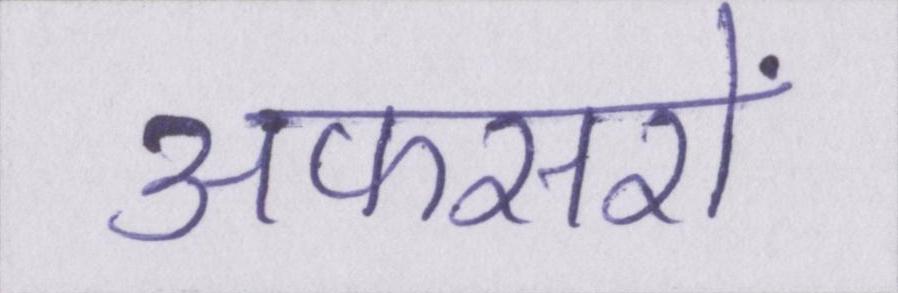
अफसरों